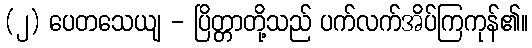
(၂) ပေတသေယျ - ပြိတ္တာတို့သည် ပက်လက်အိပ်ကြကုန်၏။